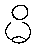
မိ